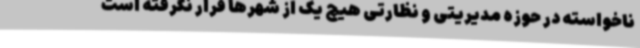
ناخواسته در حوزه مدیریتی و نظارتی هیچ یک از شهرها قرار نگرفته است